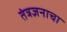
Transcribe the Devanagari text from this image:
तंत्रज्ञनाचा